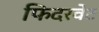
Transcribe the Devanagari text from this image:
फिदरवेट